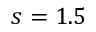
s = 1 . 5